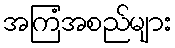
အကြံအစည်များ